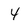
Character: 4